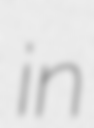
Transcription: in